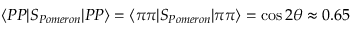
\langle P P | S _ { P o m e r o n } | P P \rangle = \langle \pi \pi | S _ { P o m e r o n } | \pi \pi \rangle = \cos 2 \theta \approx 0 . 6 5